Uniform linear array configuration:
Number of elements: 24
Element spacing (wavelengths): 0.75
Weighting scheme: hann
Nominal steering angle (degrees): -45
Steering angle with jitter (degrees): -45.695
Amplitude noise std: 0.05
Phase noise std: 0.05

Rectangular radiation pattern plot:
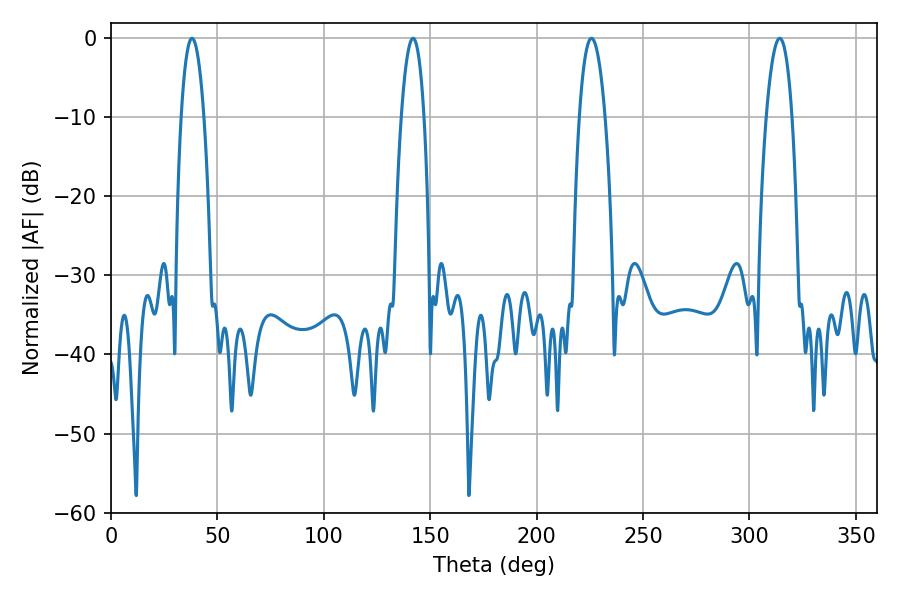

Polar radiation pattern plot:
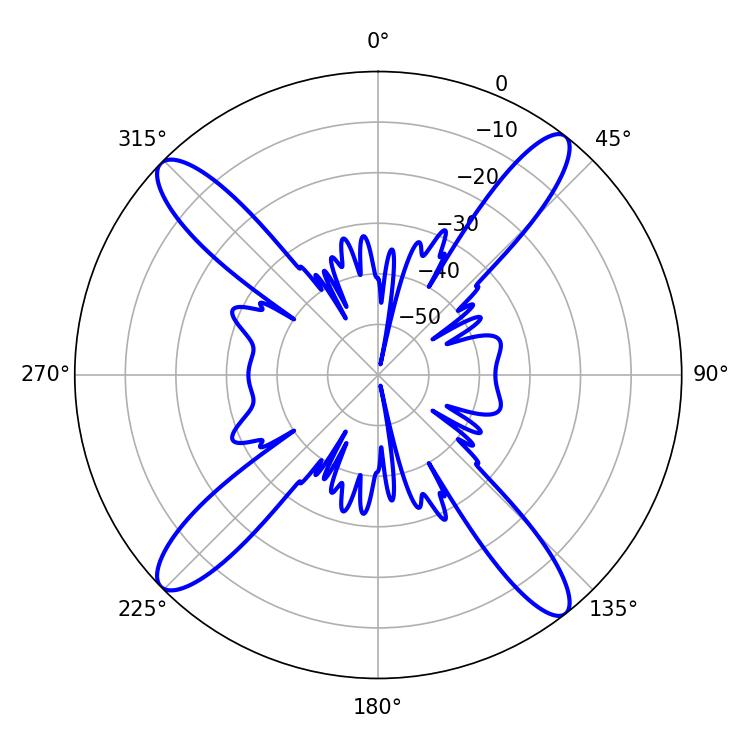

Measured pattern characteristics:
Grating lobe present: TRUE
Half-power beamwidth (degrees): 6.84
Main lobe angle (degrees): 225.72